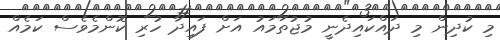
މި ކުދިން މި ދައްކައިދެނީ މުޖުތަމައު އަށް ފައިދާ ހުރި ކޮންމެވެސް ކަމެއް